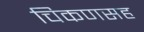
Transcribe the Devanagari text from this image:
चिकणसह